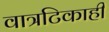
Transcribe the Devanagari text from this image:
वात्रटिकाही